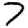
Digit: 7